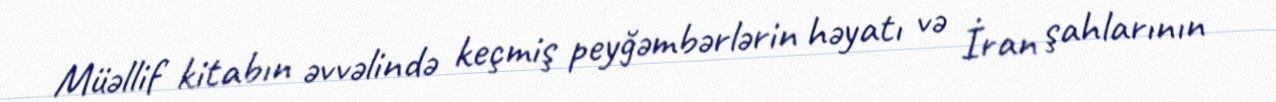
Müəllif kitabın əvvəlində keçmiş peyğəmbərlərin həyatı və İran şahlarının